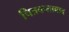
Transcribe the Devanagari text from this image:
चित्रकलावाद